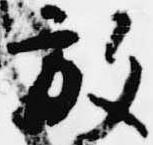
放